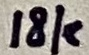
Text: 18k